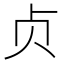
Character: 贞